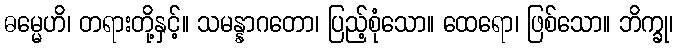
ဓမ္မေဟိ၊ တရားတို့နှင့်။ သမန္နာဂတော၊ ပြည့်စုံသော။ ထေရော၊ ဖြစ်သော။ ဘိက္ခု၊